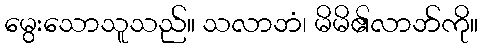
မွေးသောသူသည်။ သလာဘံ၊ မိမိ၏လာဘ်ကို။